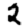
Digit: 2